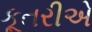
કૂતરીએ